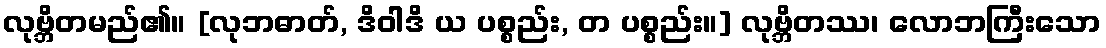
လုဗ္ဘိတမည်၏။ [လုဘဓာတ်, ဒိဝါဒိ ယ ပစ္စည်း, တ ပစ္စည်း။] လုဗ္ဘိတဿ၊ လောဘကြီးသော